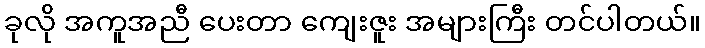
ခုလို အကူအညီ ပေးတာ ကျေးဇူး အများကြီး တင်ပါတယ်။